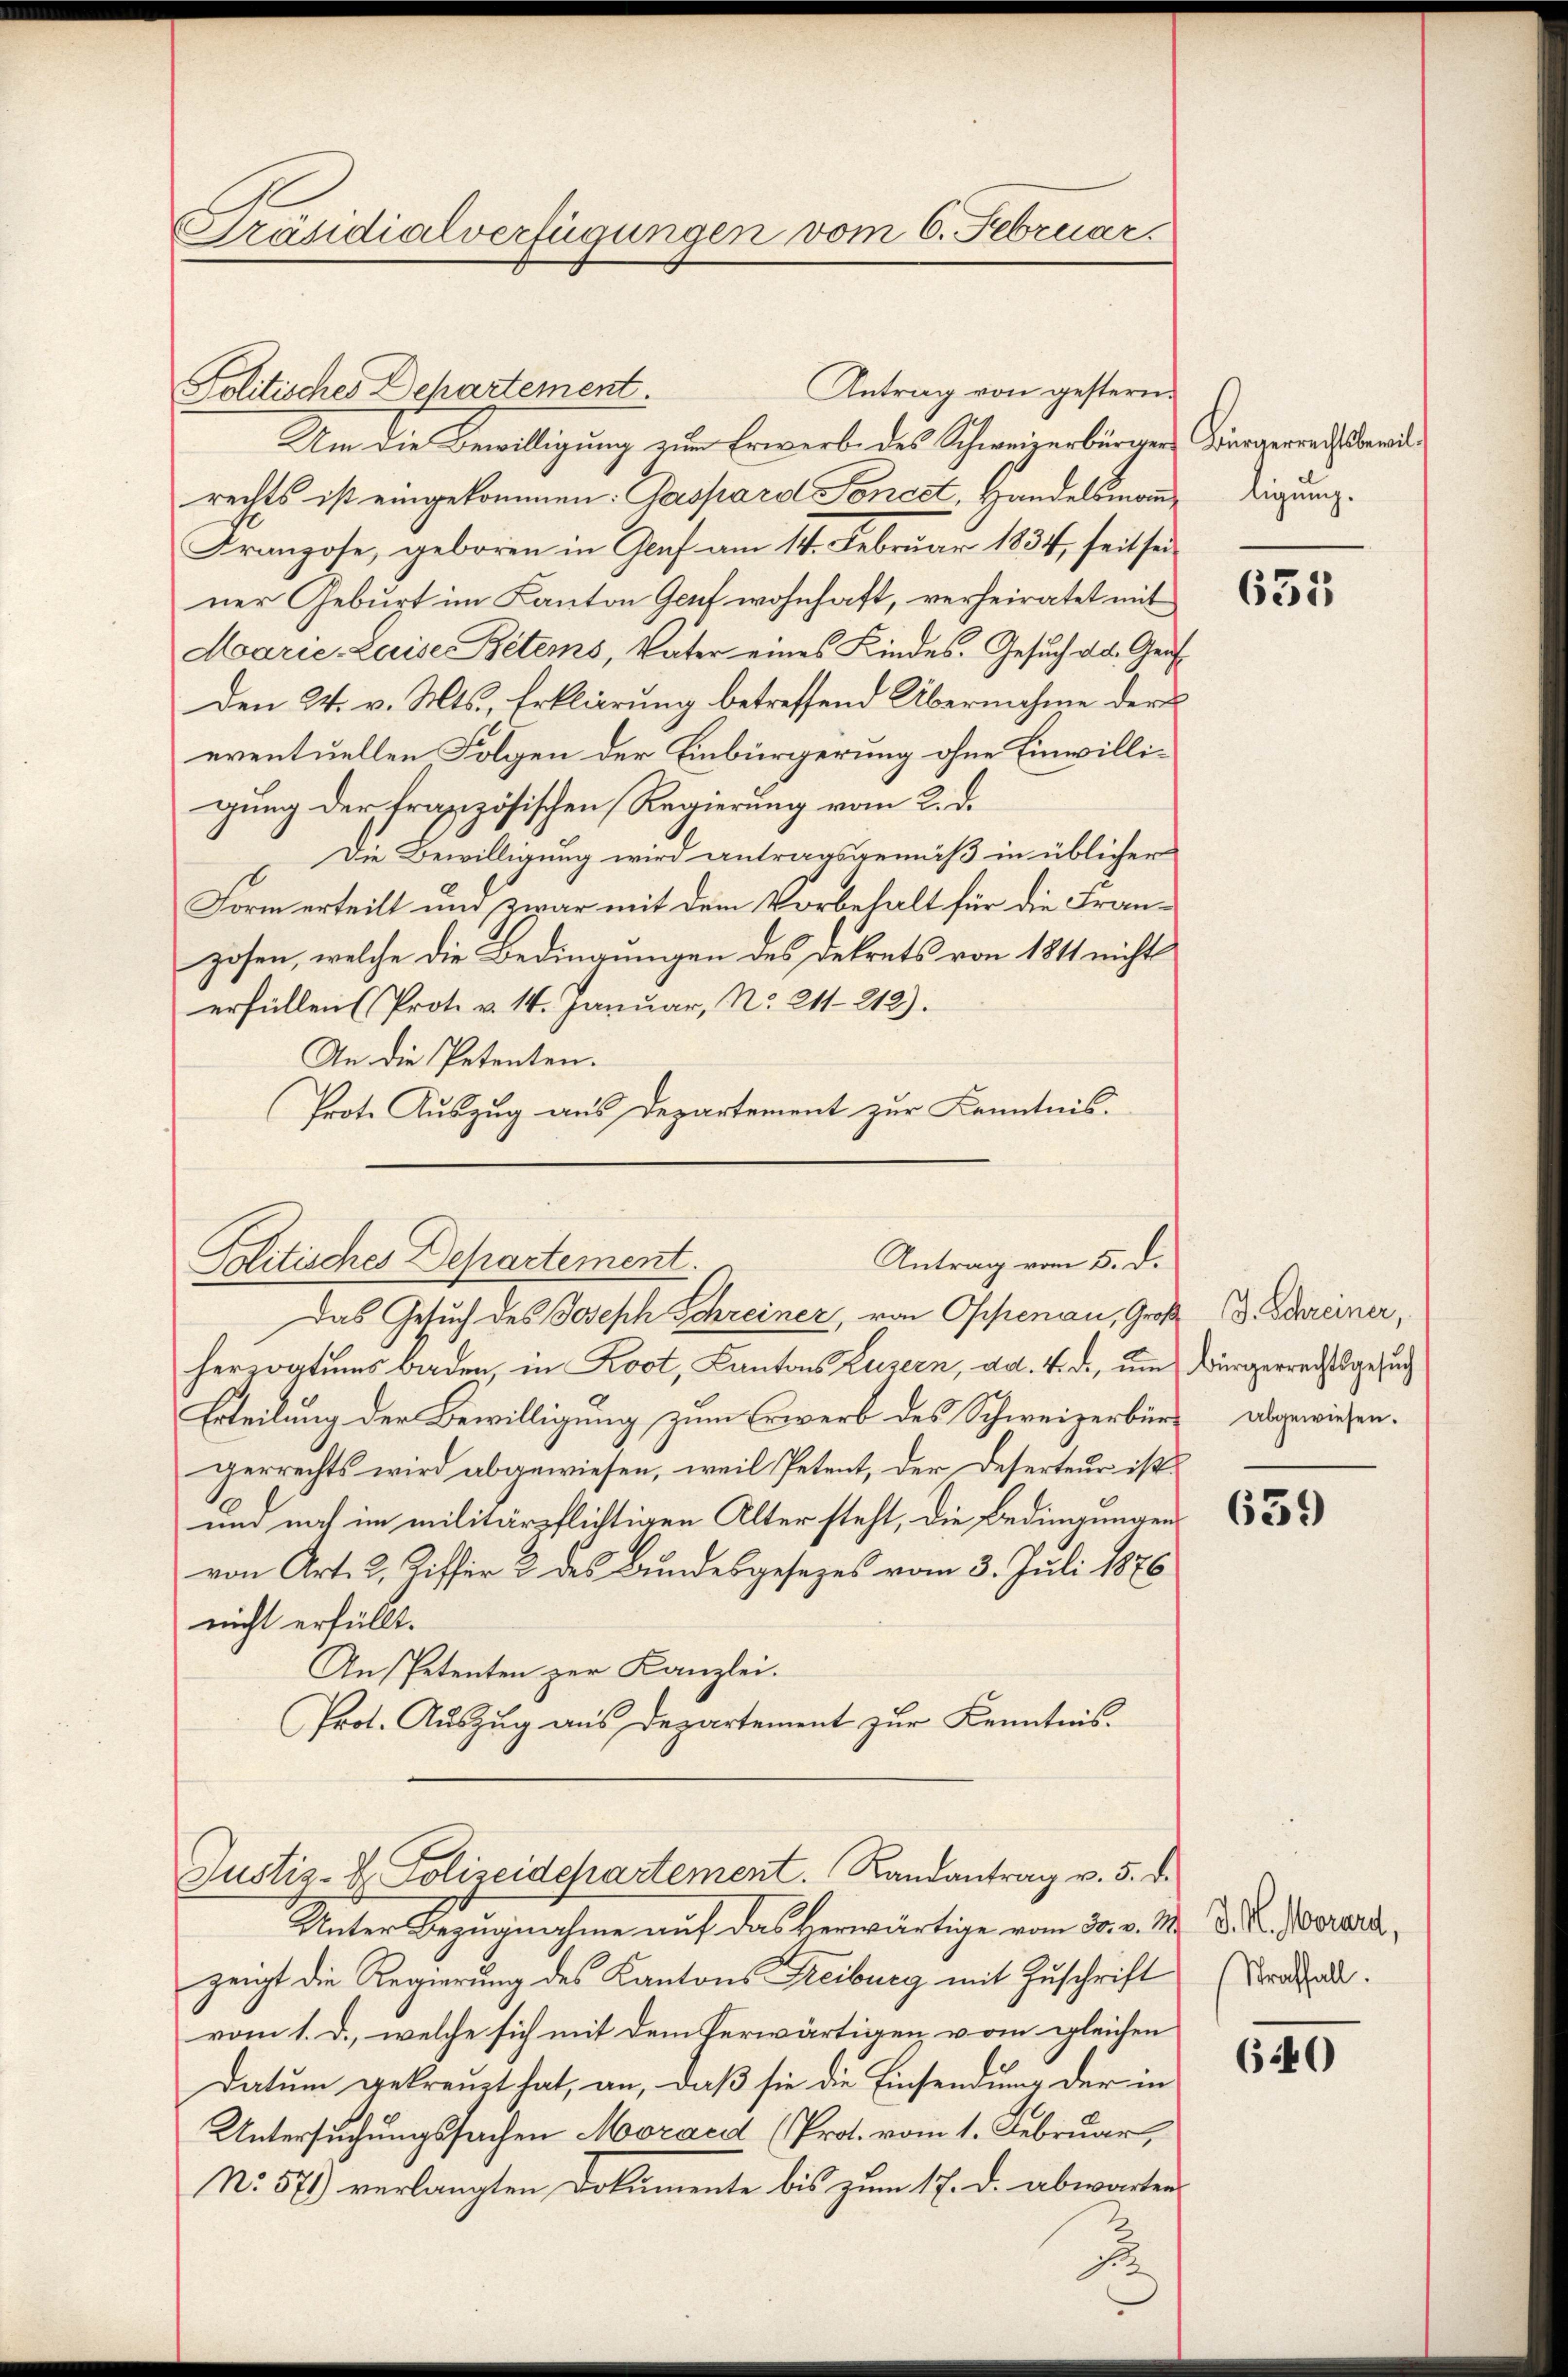
Präsidialverfügungen vom 6. Februar.

Antrag von gestern.
Politisches Departement.
Um die Bewilligung zur Erwerb des Schweizerbürgerrechts ist eingekommen: Gaspard Sonest, Handelsmann
Franzose, geboren in Graf am 14. Februar 1834, seit sei
ner Geburt im Kanton Genf wohnhaft, verheiratet mit
Marie Luise Betems, Vater eines Kindes- Gesuch das Graf
Den 24. v. Mts., Erklärung betreffend Übernahme der
eventuellen Folgen der Einbürgerung ohne Einwilligung der französischen Regierung vom 2. d.
Die Bewilligung wird antragsgemäß in üblicher
Form erteilt und zwar mit dem Vorbehalt für die Franzosen, welche die Bedingungen des Dekrets von 1811 nicht
erfüllen (Prot. v. 14. Januar, No. 211. 212).
An die Petenten.
Prot. Auszug aus Departement zur Kenntnis.
herzogtums Baden in Koot, Kantons Luzern, ad. 4. d., um Bürgerrechtsgesuch
Erteilung der Bewilligung zum Erwerb des Schweizerbürg abgewiesen.
gerrechts wird abgewiesen, weil Petent, der Deserteur ist.
und noch im militärpflichtigen Alter steht, die Bedingungen
von Art. 2. Ziffer 2 des Bundesgesezes vom 3. Juli 1876
nicht erfüllt.
An Petenten zur Kanzlei.
Prot. Auszug aus Departement zur Kenntnis.
Justiz- & Polizeidchartement. Randantrag v. 5. d.
Unter Bezugnahme auf das herwärtige vom 30. v. M. D. R. Vorard,
zeigt die Regierung des Kantons Freiburg mit Zuschrift
vom 1. d., welche sich mit dem Verwärtigen vom gleichen
Datum gekreuzt hat, an, daß sie die Einsendung der in
Untersuchungssachen Moraed (Prot. vom 1. Februar,
No. 571) verlangten Dokumente bis zum 17. d. abwarten

Antrag vom 5. d.
Politisches Departement.
Das Gesuch des Joseph Schreiner, von Oppenau, Groß

Bürgerrechtsbewilligung.

635

B. Schreiner,

659

Straffall.

640